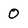
Character: 0